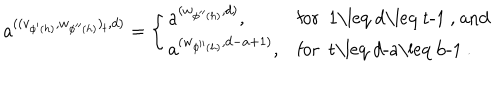
a ^ { ( ( v _ { \phi ^ { \prime } ( h ) } , w _ { \phi ^ { \prime \prime } ( h ) } ) _ { t } , d ) } = \left\{ \begin{array} { l l } { { a ^ { ( w _ { \phi ^ { \prime \prime } ( h ) } , d ) } , } } & { { \mathrm { f o r ~ 1 \leq ~ d \leq ~ t - 1 ~ , ~ a n d } } } \\ { { a ^ { ( w _ { \phi ^ { \prime \prime } ( h ) } , d - a + 1 ) } , } } & { { \mathrm { f o r ~ t \leq ~ d - a \leq ~ b - 1 ~ . } } } \\ \end{array} \right.